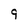
Character: 9